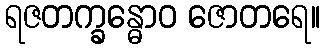
ရဇတက္ခန္ဓောဝ ဇောတရေ။